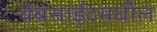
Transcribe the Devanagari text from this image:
वेबसाईटमधील